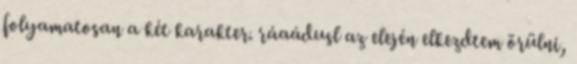
folyamatosan a két karakter. ráaádusl az elején elkezdtem örülni,